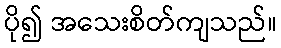
ပို၍ အသေးစိတ်ကျသည်။